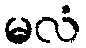
မလံ